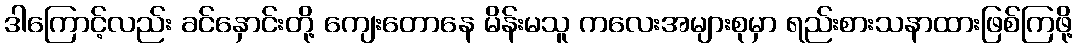
ဒါကြောင့်လည်း ခင်နှောင်းတို့ ကျေးတောနေ မိန်းမသူ ကလေးအများစုမှာ ရည်းစားသနာထားဖြစ်ကြဖို့